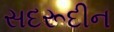
સદરૂદીન